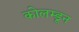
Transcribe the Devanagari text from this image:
कोलम्डून